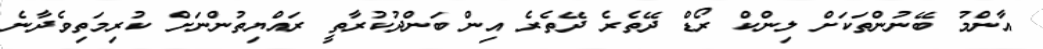
އާންމު ބޭނުންތަކަށް ލިންކް ރޯޑް ދޭތެރެ ދޭތެރެ އިން ބަންދުކުރާތީ ރައްޔިތުންނަށް ކުރިމަތިވެދާނެ